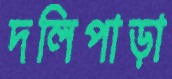
দলিপাড়া